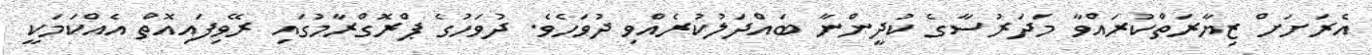
އެރަށަށް ޒިޔާރަތްކުރައްވާ މަދަރުސާގެ ކުދީންނާ ބައްދަލުކުރެއްވި ދުވަހެވެ. ދުވަހުގެ ޕްރޮގްރާމުގައި ރޭވިފައިއޮތް އެއްކަމަކީ